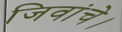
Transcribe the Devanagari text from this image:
जिवांचे।